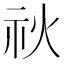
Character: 𥘙